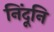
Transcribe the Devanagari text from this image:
निंदूनि